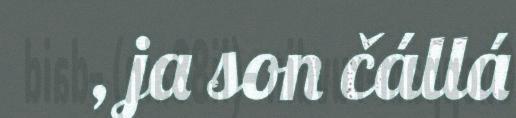
, ja son čállá